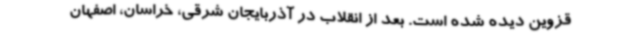
قزوین دیده شده است. بعد از انقلاب در آذربایجان شرقی، خراسان، اصفهان